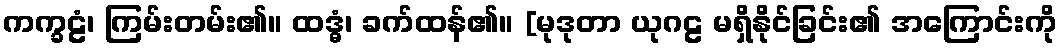
ကက္ခဠံ၊ ကြမ်းတမ်း၏။ ထဒ္ဓံ၊ ခက်ထန်၏။ [မုဒုတာ ယုဂဠ မရှိနိုင်ခြင်း၏ အကြောင်းကို